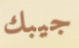
جيبك